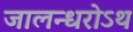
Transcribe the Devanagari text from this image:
जालन्धरोऽथ